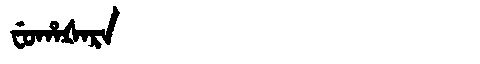
Manchu: ᠸᡠᡥᠠᡧᠠᡵᠠ
Romanization: FUHAŠARA